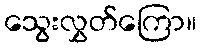
သွေးလွှတ်ကြော။